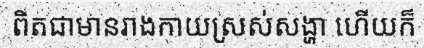
ពិតជាមានរាងកាយស្រស់សង្ហា ហើយក៏